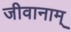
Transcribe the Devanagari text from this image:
जीवानाम्‌